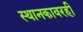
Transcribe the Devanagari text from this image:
स्थानकावरही